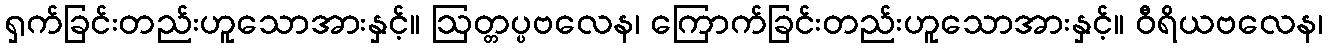
ရှက်ခြင်းတည်းဟူသောအားနှင့်။ ဩတ္တပ္ပဗလေန၊ ကြောက်ခြင်းတည်းဟူသောအားနှင့်။ ဝီရိယဗလေန၊